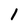
Character: 1